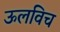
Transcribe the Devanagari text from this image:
ऊलविच